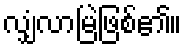
လျှံလာမြဲဖြစ်၏။